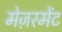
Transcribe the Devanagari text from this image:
मेज़रमेंट